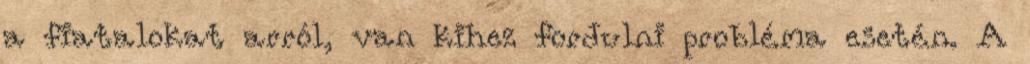
a fiatalokat arról, van kihez fordulni probléma esetén. A